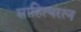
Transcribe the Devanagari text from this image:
साहित्यरत्‍न